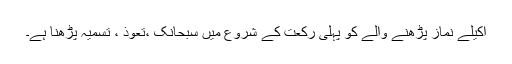
اکیلے نماز پڑھنے والے کو پہلی رکعت کے شروع میں سبحانک ،تعوذ ، تسمیہ پڑھنا ہے۔